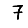
Digit: 7